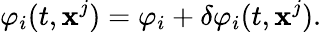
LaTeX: \varphi_{i}(t,\mathbf{x}^{j})=\varphi_{i}+\delta\varphi_{i}(t,\mathbf{x}^{j}).